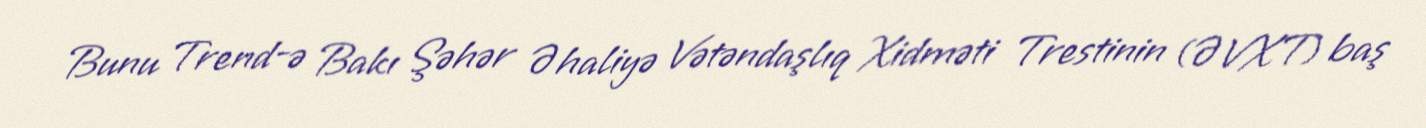
Bunu Trend-ə Bakı Şəhər Əhaliyə Vətəndaşlıq Xidməti Trestinin (ƏVXT) baş